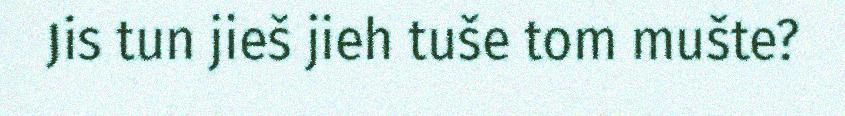
Jis tun jieš jieh tuše tom mušte?